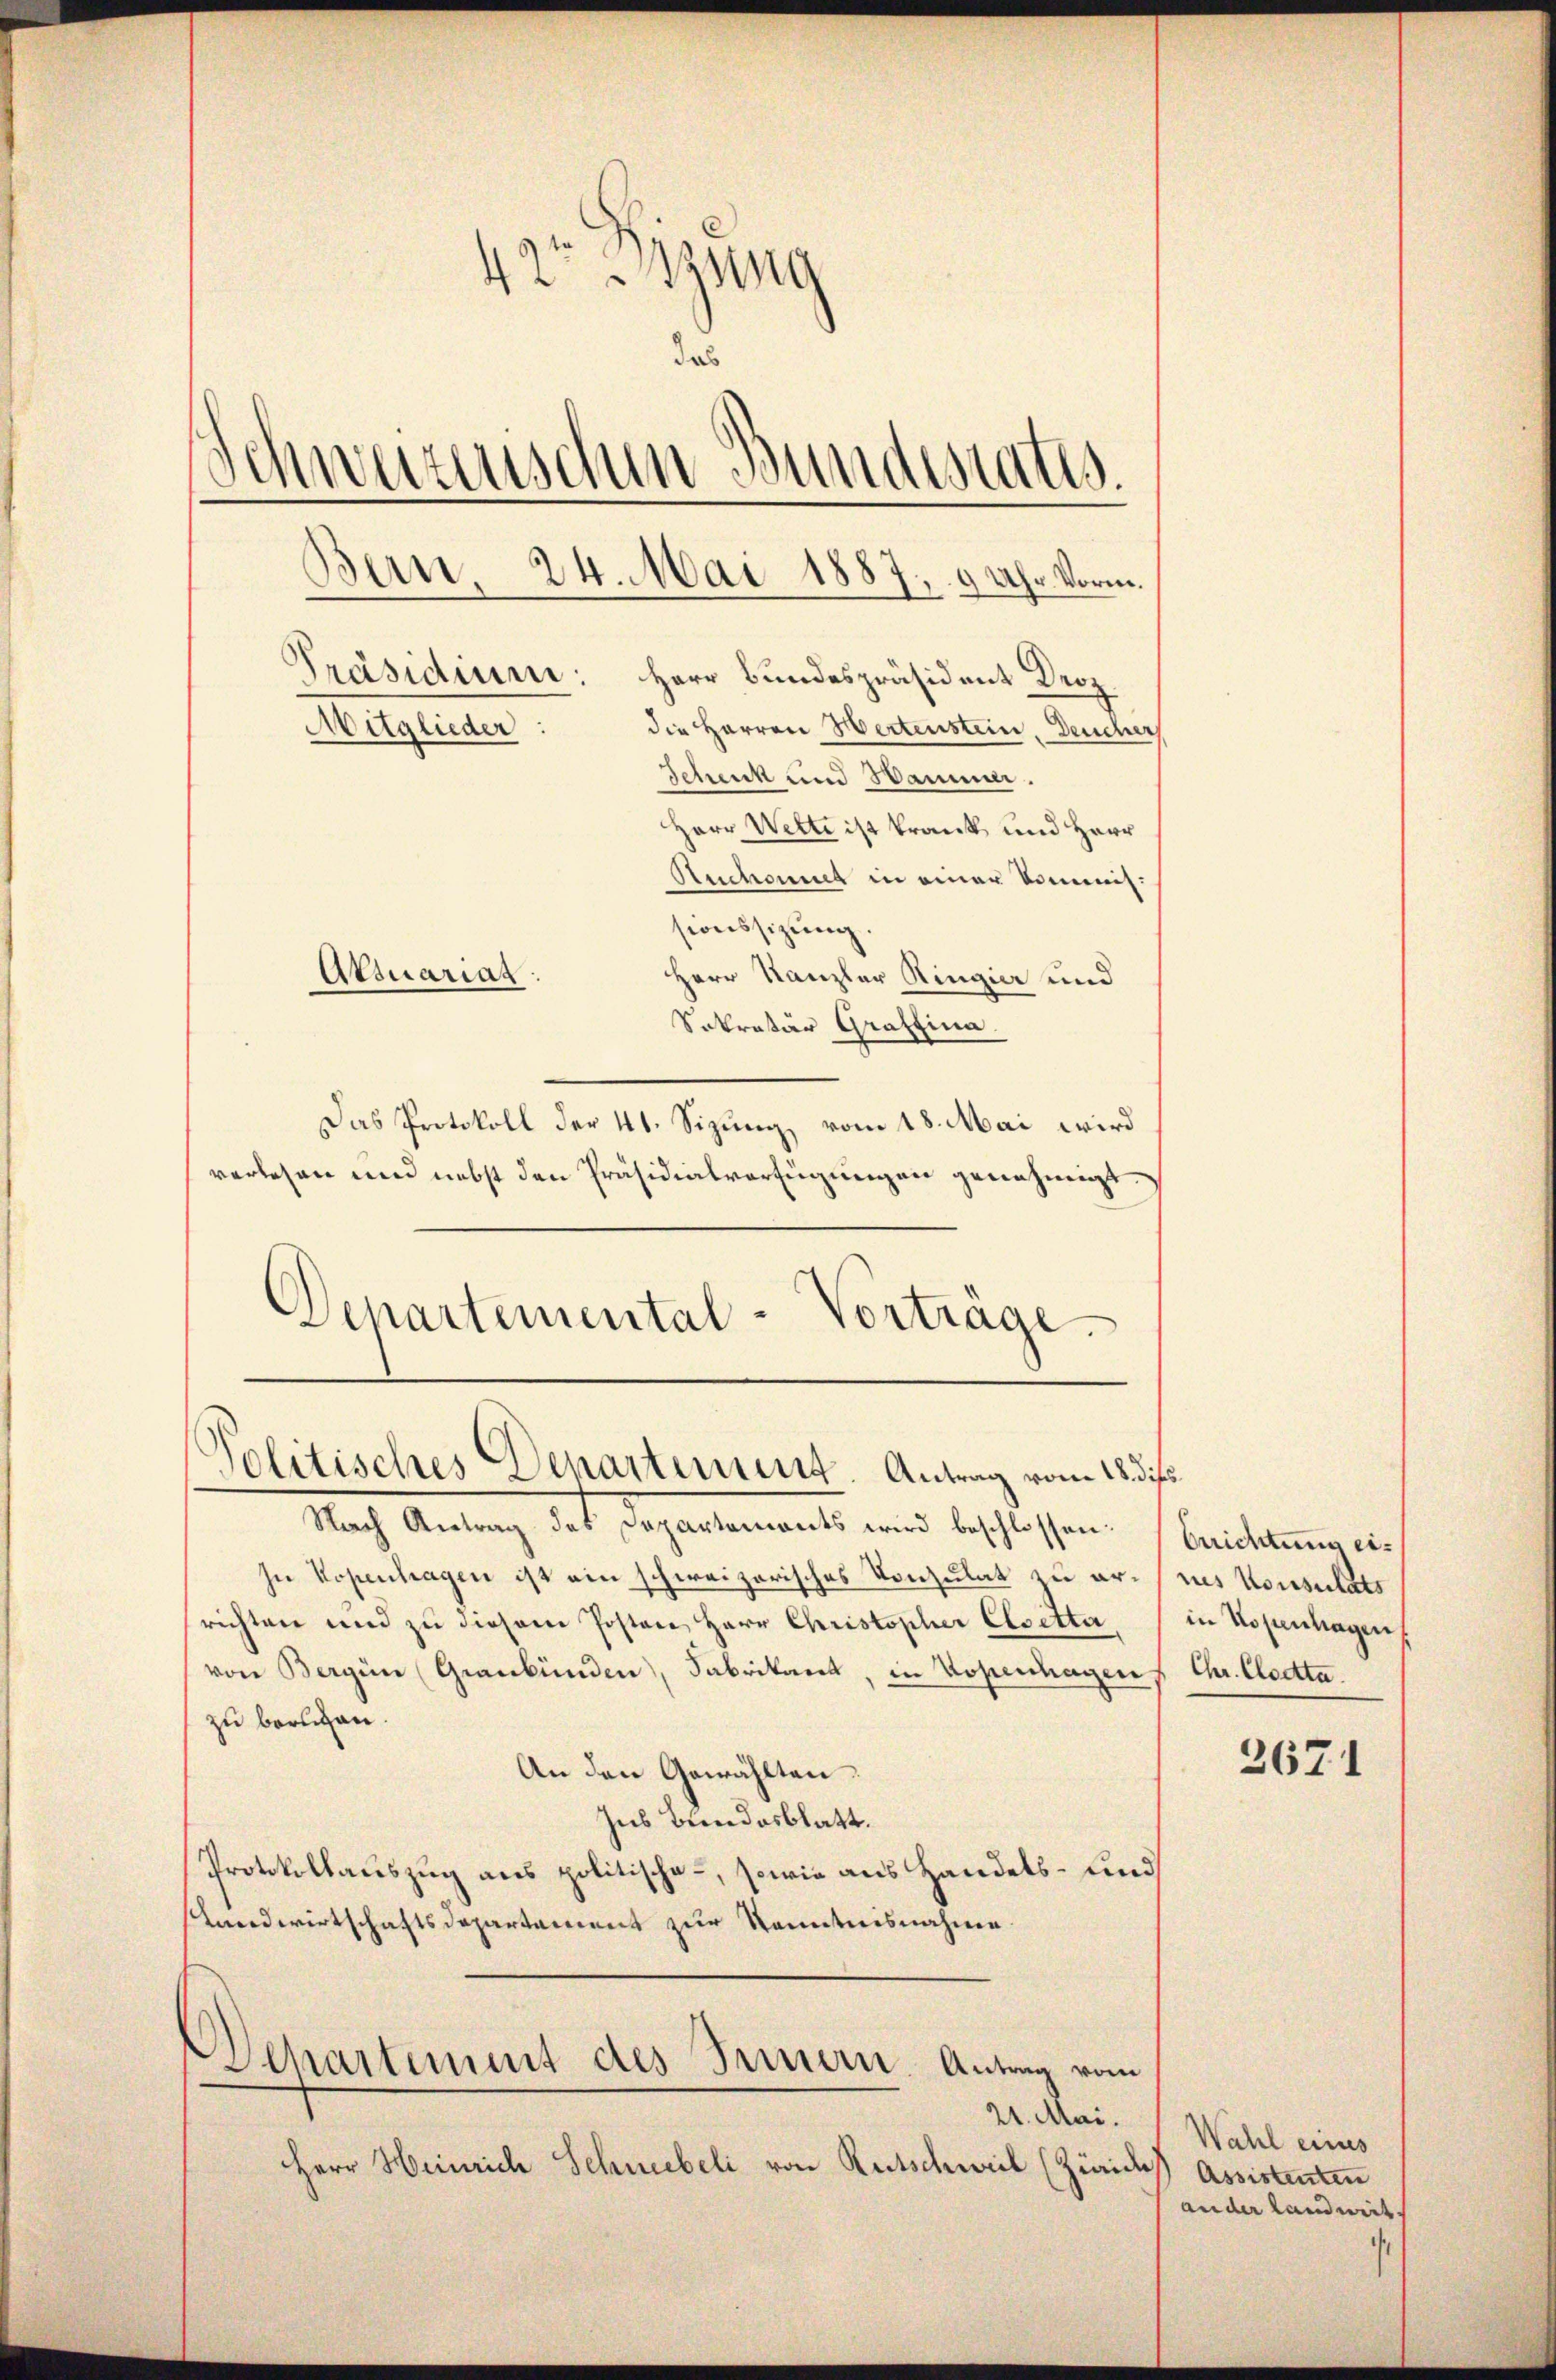
Das Protokoll der 41. Sizung, vom 18. Mai wird
verlesen und nebst den Präsidialverfügungen genehmigt.
Departemental-Vorträge.

42tzung
das
Schwarenschen Bundestatis.
d
Bern. 24. Mai 1887, 9 Uhr Vorm.
Präsidium: Herr Bundespräsident Droz.
die Herren Hertenstein, Deucher
Mitglieder:
Schenk und Sammen.
Herr Wette ist krank und Herr
Reichnet in einer kommnis.
sionssizung.
Atsuariat.
Herr Kanzler Ringier und
Sekretär Graffina.

Politisches Departement. Antrag vom 18. dies

Nach Antrag des Departements wird beschlossen: Erichtung ei¬
In Kopenhagen ist ein schweizerisches Vorzulat zu ernes Konsulats
richten und zŭ diesem Posten Herr Christopher Elsetter, in Kopenhagen
von Bergün (Graubünden, Fabrikant, in Kopenhagen Chr. Cloetta.
zu beruhen.
An den Gewählten.
Ins Bundesblatt.
Protokollauszug aus politische, sowie aus Handels- und
Landwirtschaftsdepartament zur Kenntnisnahme

21. Mai.
Herr Heinrich Schneebeli von Rutschweil (zweides

Departement des Trinern. Antrag vom

3671

Wahl eines
Assistenten
ander landwert.